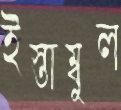
ইস্তাম্বুল